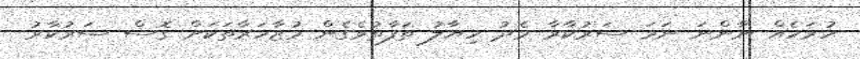
ހުރަހެއް ނާންނަ ނަމަ ސަރުކާރާ މެދު ހިޔާލު ތަފާތުވެގެން މުޒާހަރާތަކަށް ގޮސް ސަރުކާރު